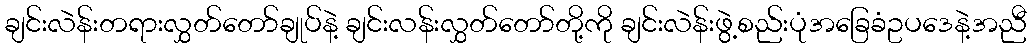
ချင်းလဲန်းတရားလွှတ်တော်ချုပ်နဲ့ ချင်းလန်းလွှတ်တော်တို့ကို ချင်းလဲန်းဖွဲ့စည်းပုံအခြေခံဥပဒေနဲ့အညီ